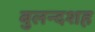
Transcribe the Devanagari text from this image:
बुलन्दशह